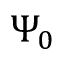
\Psi _ { 0 }